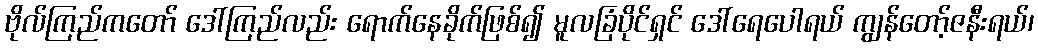
ဗိုလ်ကြည်ကတော် ဒေါ်ကြည်လည်း ရောက်နေခိုက်ဖြစ်၍ မူလခြံပိုင်ရှင် ဒေါ်ရေပေါရယ် ကျွန်တော့်ဇနီးရယ်၊